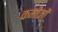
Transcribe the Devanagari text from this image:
कमीजों